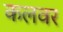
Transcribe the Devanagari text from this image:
कलवर